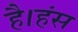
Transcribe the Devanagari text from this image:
है।हंस